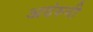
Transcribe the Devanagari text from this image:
अदंरुनी